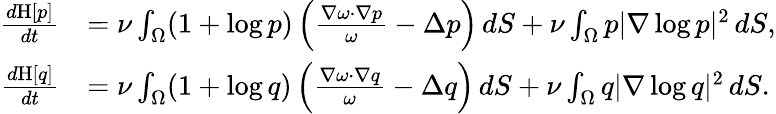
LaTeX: \begin{array}{rl}{\frac{d\mathrm{H}[p]}{dt}}&{=\nu\int_{\Omega}(1+\log p)\left(\frac{\nabla\omega\cdot\nabla p}{\omega}-\Delta p\right)\, dS+\nu\int_{\Omega}p|\nabla\log p|^{2}\, dS,}\\ {\frac{d\mathrm{H}[q]}{dt}}&{=\nu\int_{\Omega}(1+\log q)\left(\frac{\nabla\omega\cdot\nabla q}{\omega}-\Delta q\right)\, dS+\nu\int_{\Omega}q|\nabla\log q|^{2}\, dS.}\end{array}